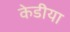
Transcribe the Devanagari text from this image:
केडीया